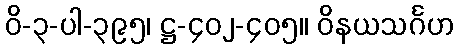
ဝိ-၃-ပါ-၃၉၅၊ ဋ္ဌ-၄၀၂-၄၀၅။ ဝိနယသင်္ဂဟ